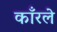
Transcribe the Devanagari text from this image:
काँरले